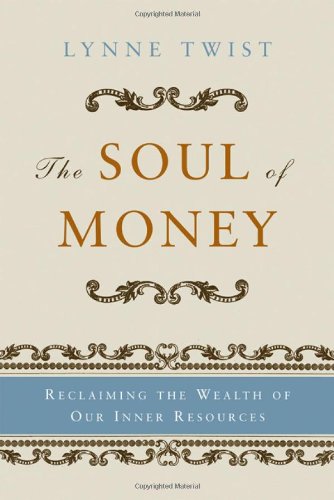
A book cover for The Soul of Money: Transforming Your Relationship with Money and Life; Lynne Twist; Biographies & Memoirs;